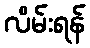
လိမ်းရန်